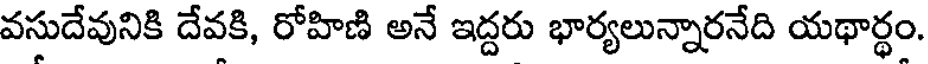
వసుదేవునికి దేవకి, రోహిణి అనే ఇద్దరు భార్యలున్నారనేది యథార్థం.